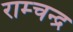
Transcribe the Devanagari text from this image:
राम्चन्द्र